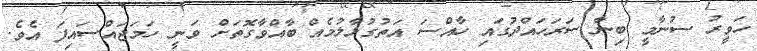
ހަވީރު ސުނާމީ ބިނާ ސަރަހައްދުގައި ހާއްސަ އަތުގުޅާލުމެއް ބާއްވާގޮތަށް ވަނީ ހަމަޖައްސައިފަ އެވެ.